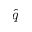
\widehat { q }